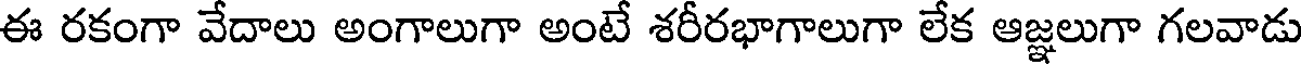
ఈ రకంగా వేదాలు అంగాలుగా అంటే శరీరభాగాలుగా లేక ఆజ్ఞలుగా గలవాడు